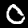
Label: 0